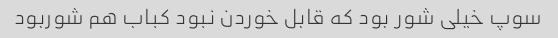
سوپ خیلی شور بود که قابل خوردن نبود کباب هم شوربود